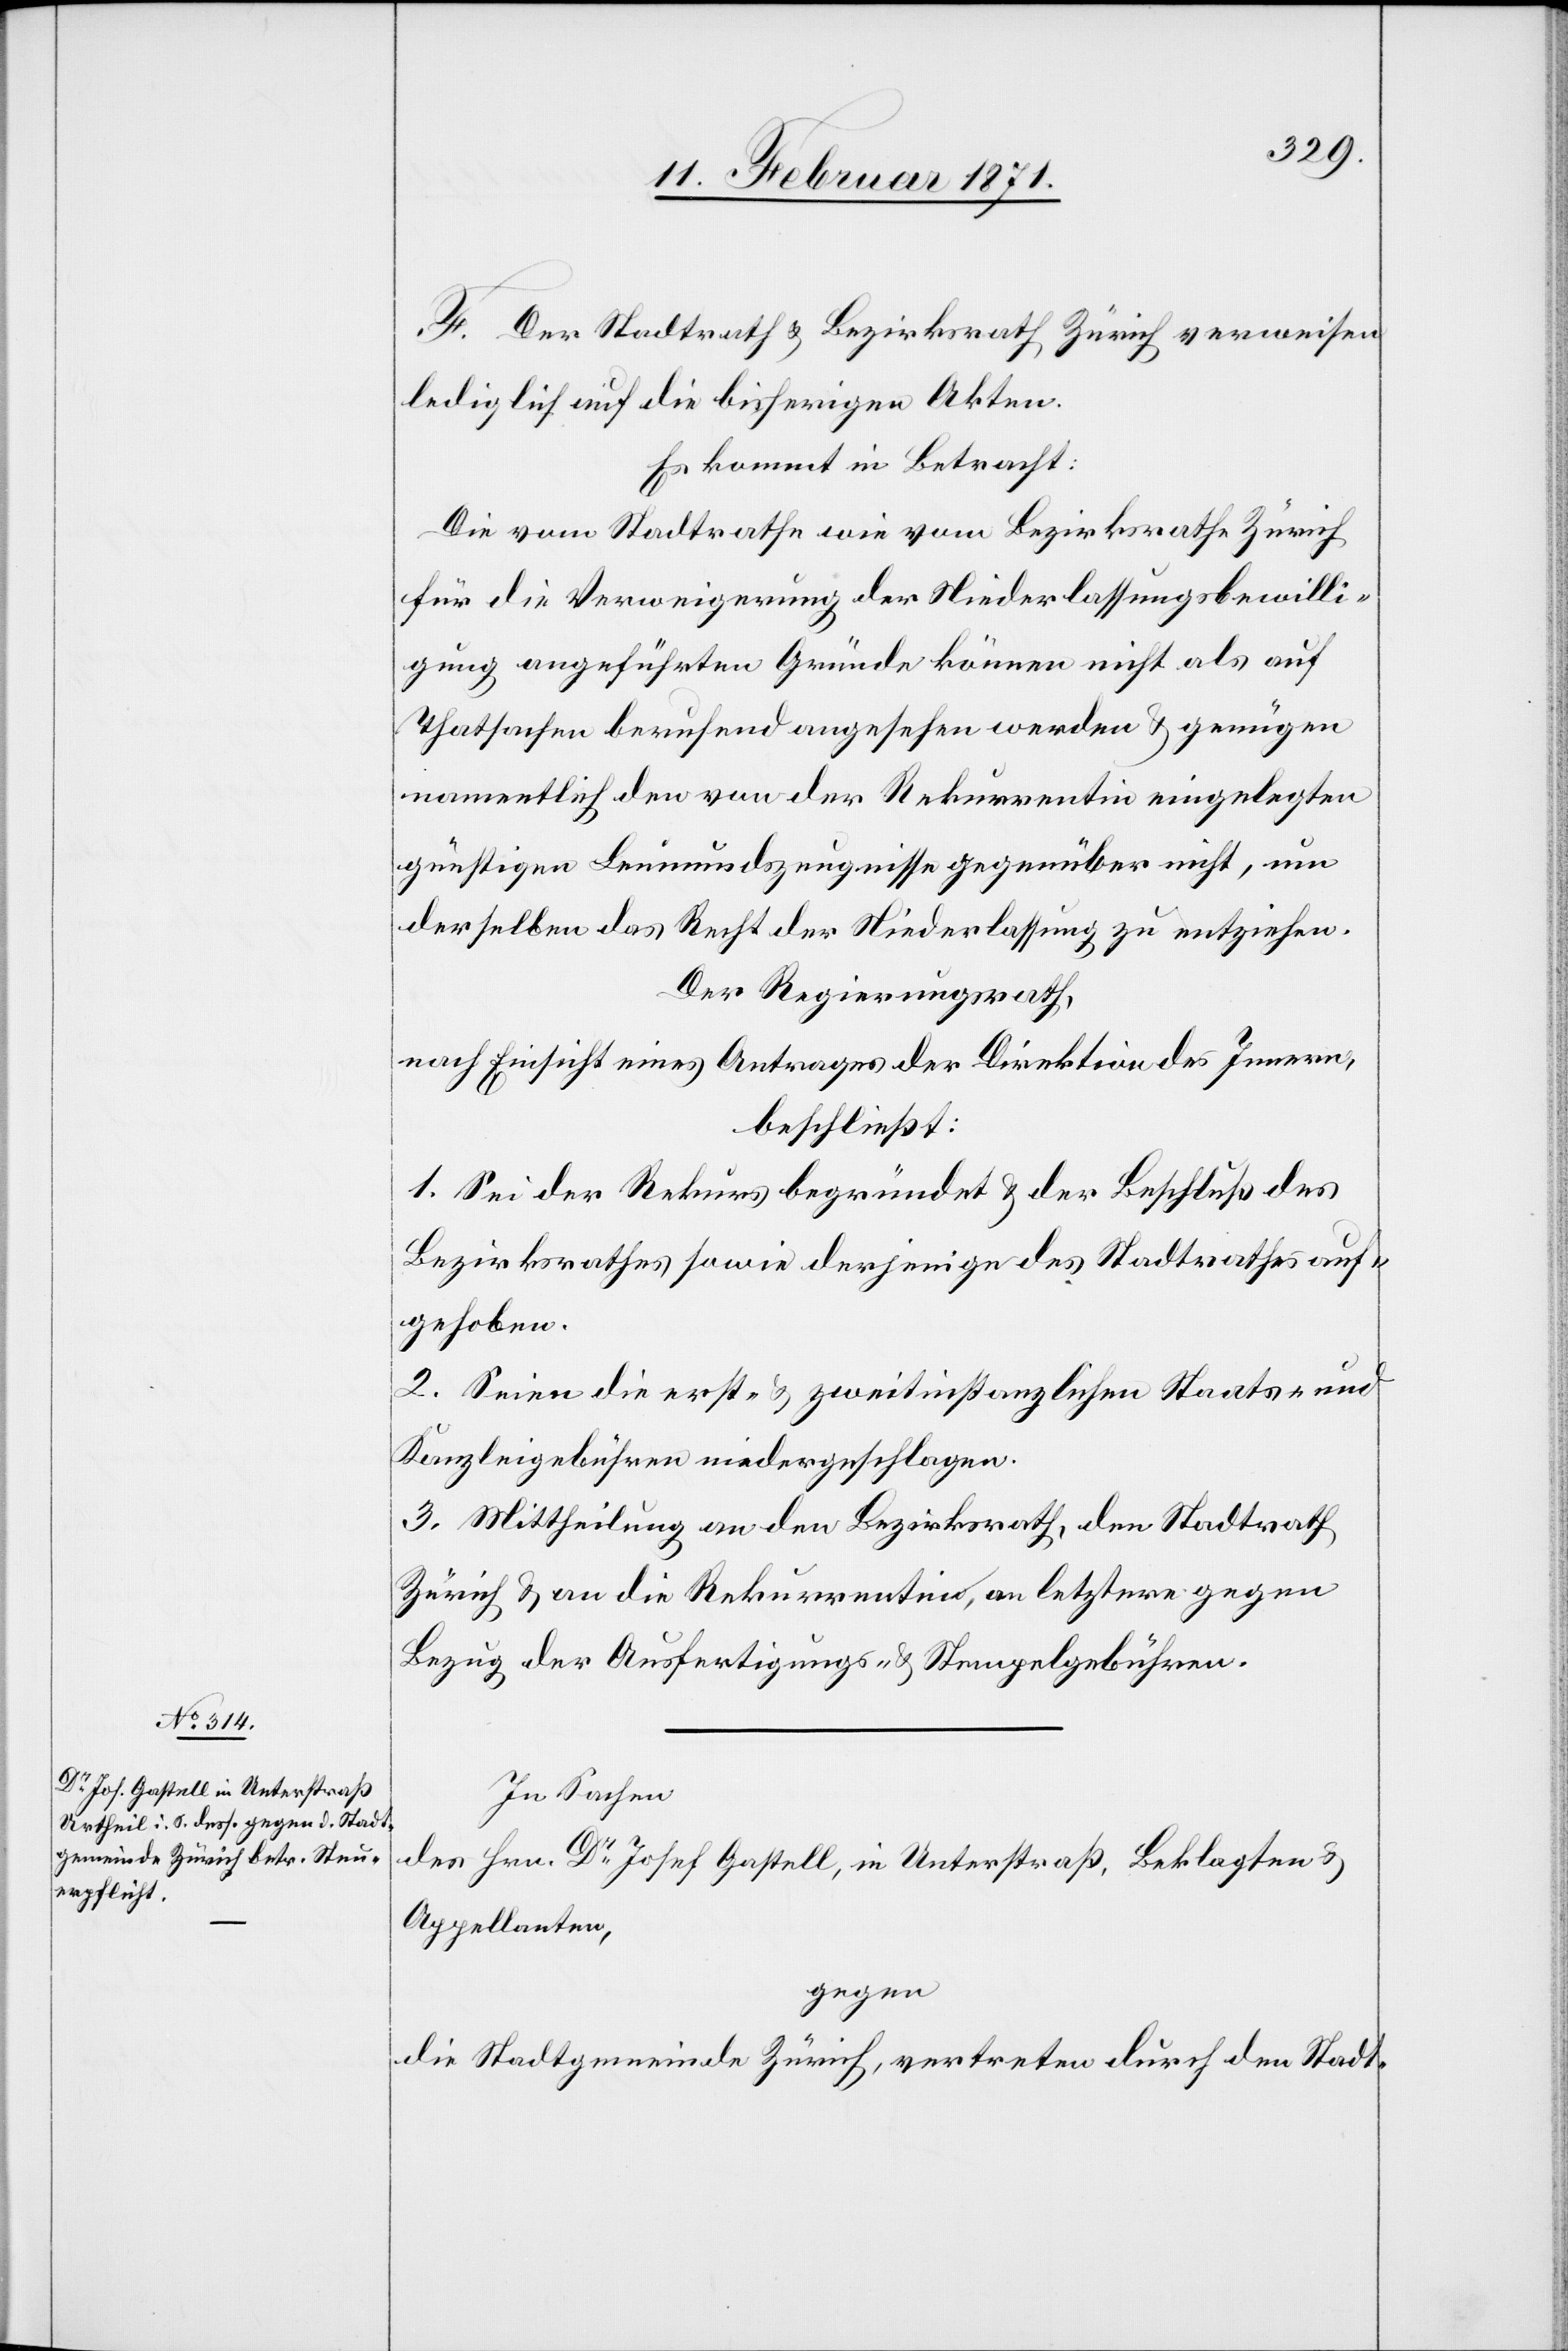
[sic!] Der Stadtrath u. Bezirksrath Zürich verweisen
lediglich auf die bisherigen Akten.
Es kommt in Betracht:
Die vom Stadtrathe wie vom Bezirksrathe Zürich
für die Verweigerung der Niederlassungsbewilli¬
gung angeführten Gründe können nicht als auf
Thatsachen beruhend angesehen werden u. genügen
namentlich den von der Rekurrentin eingelegten
günstigen Leumundszeugnisse gegenüber nicht, um
derselben das Recht der Niederlassung zu entziehen.
Der Regierungsrath,
nach Einsicht eines Antrages der Direktion des Innern,
beschließt:
1. Sei der Rekurs begründet u. der Beschluß des
Bezirksrathes sowie derjenige des Stadtrathes auf¬
gehoben.
2. Seien die erst- u. zweitinstanzlichen Staats- und
Kanzleigebühren niedergeschlagen.
3. Mittheilung an den Bezirksrath, den Stadtrath
Zürich u. an die Rekurrentin, an letztere gegen
Bezug der Ausfertigungs- u. Stempelgebühren.
In Sachen
des Hrn. Dr. Josef Gastell, in Unterstraß, Beklagten u.
Appellanten,
gegen
die Stadtgemeinde Zürich, vertreten durch den Stadt-